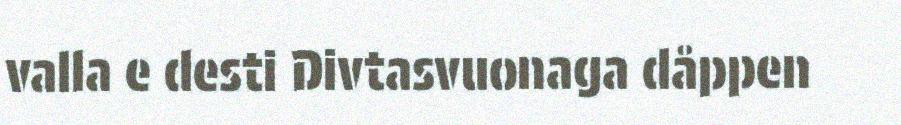
valla e desti Divtasvuonaga dåppen